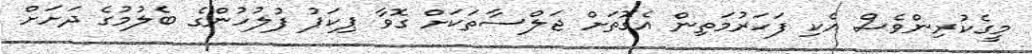
މީގެކުރިންވެސް އެކި ފަހަރުމަތިން އެގޮތަށް ޖަލްސާތަކަށް ގޮވާ ޕިކަޕު ފުލުހުންގެ ބެލުމުގެ ދަށަށް